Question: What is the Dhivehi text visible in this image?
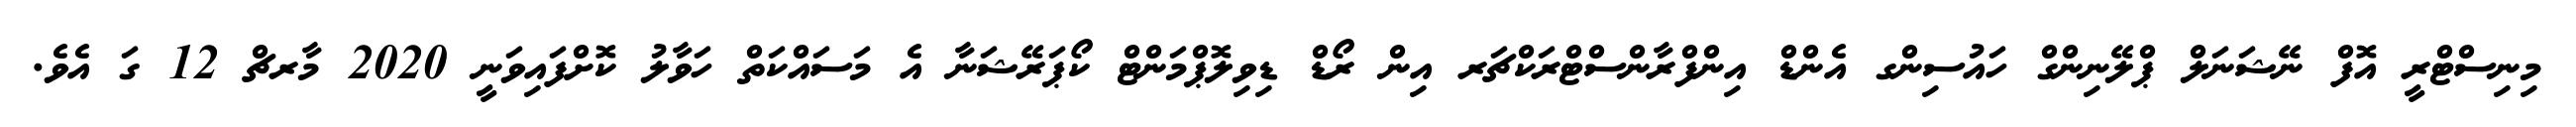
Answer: މިނިސްޓްރީ އޮފް ނޭޝަނަލް ޕްލޭނިންގް ހައުސިންގ އެންޑް އިންފްރާންސްޓްރަކްޗަރ އިން ރޯޑް ޑިވިލޮޕްމަންޓް ކޯޕަރޭޝަނާ އެ މަސައްކަތް ހަވާލު ކޮށްފައިވަނީ 2020 މާރޗް 12 ގަ އެވެ.